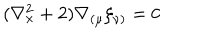
LaTeX: ( \nabla _ { x } ^ { 2 } + 2 ) \nabla _ { ( \mu } \xi _ { \nu ) } = 0